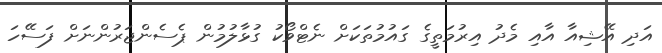
އަދި އޭޝިއާ އާއި މެދު އިރުމަތީގެ ގައުމުތަކަށް ނެޓްވޯކު ގުޅާލުމުން ޕެސެންޖަރުންނަށް ފަސޭހަ